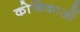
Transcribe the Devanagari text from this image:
कोबिकाओं